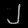
Digit: ၂